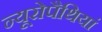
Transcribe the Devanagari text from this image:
न्यूरोपैथियां